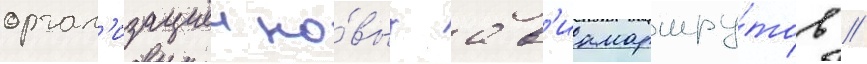
орган'изациеи но́вых ав'иамаршру́тов //